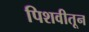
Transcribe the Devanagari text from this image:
पिशवीतून